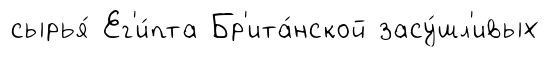
сырья́ Ег'и́пта Бр'ита́нской засу́шл'ивых